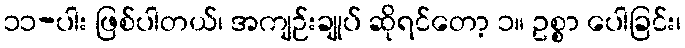
၁၁-ပါး ဖြစ်ပါတယ်၊ အကျဉ်းချုပ် ဆိုရင်တော့ ၁။ ဥစ္စာ ပေါခြင်း၊